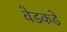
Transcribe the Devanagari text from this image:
वेडकडे